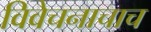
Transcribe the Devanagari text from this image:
विवेचनाचाच